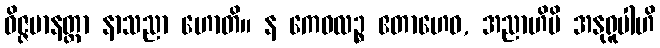
ဝိဇ္ဇမာနတ္တာ နာသညာ ဟောတိ။ န ကေဝလဉ္စ ဧတာဟေဝ, အညာဟိပိ အနုရူပါဟိ